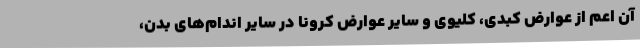
آن اعم از عوارض کبدی، کلیوی و سایر عوارض کرونا در سایر اندام‌های بدن،